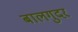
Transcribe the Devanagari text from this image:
बालगुदर